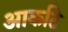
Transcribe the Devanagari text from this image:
आकटि